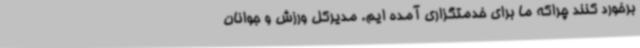
برخورد کنند چراکه ما برای خدمتگزاری آمده ایم. مدیرکل ورزش و جوانان